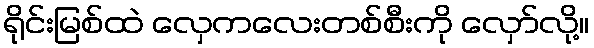
ရိုင်းမြစ်ထဲ လှေကလေးတစ်စီးကို လှော်လို့။